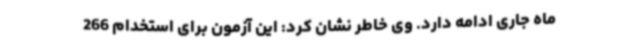
ماه جاری ادامه دارد. وی خاطر نشان کرد: این آزمون برای استخدام 266